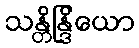
သန္တိန္ဒြိယော